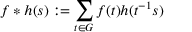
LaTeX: f * h ( s ) : = \sum _ { t \in G } f ( t ) h ( t ^ { - 1 } s )